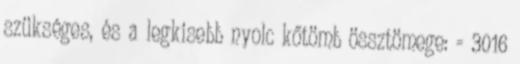
szükséges, és a legkisebb nyolc kőtömb össztömege: = 3016